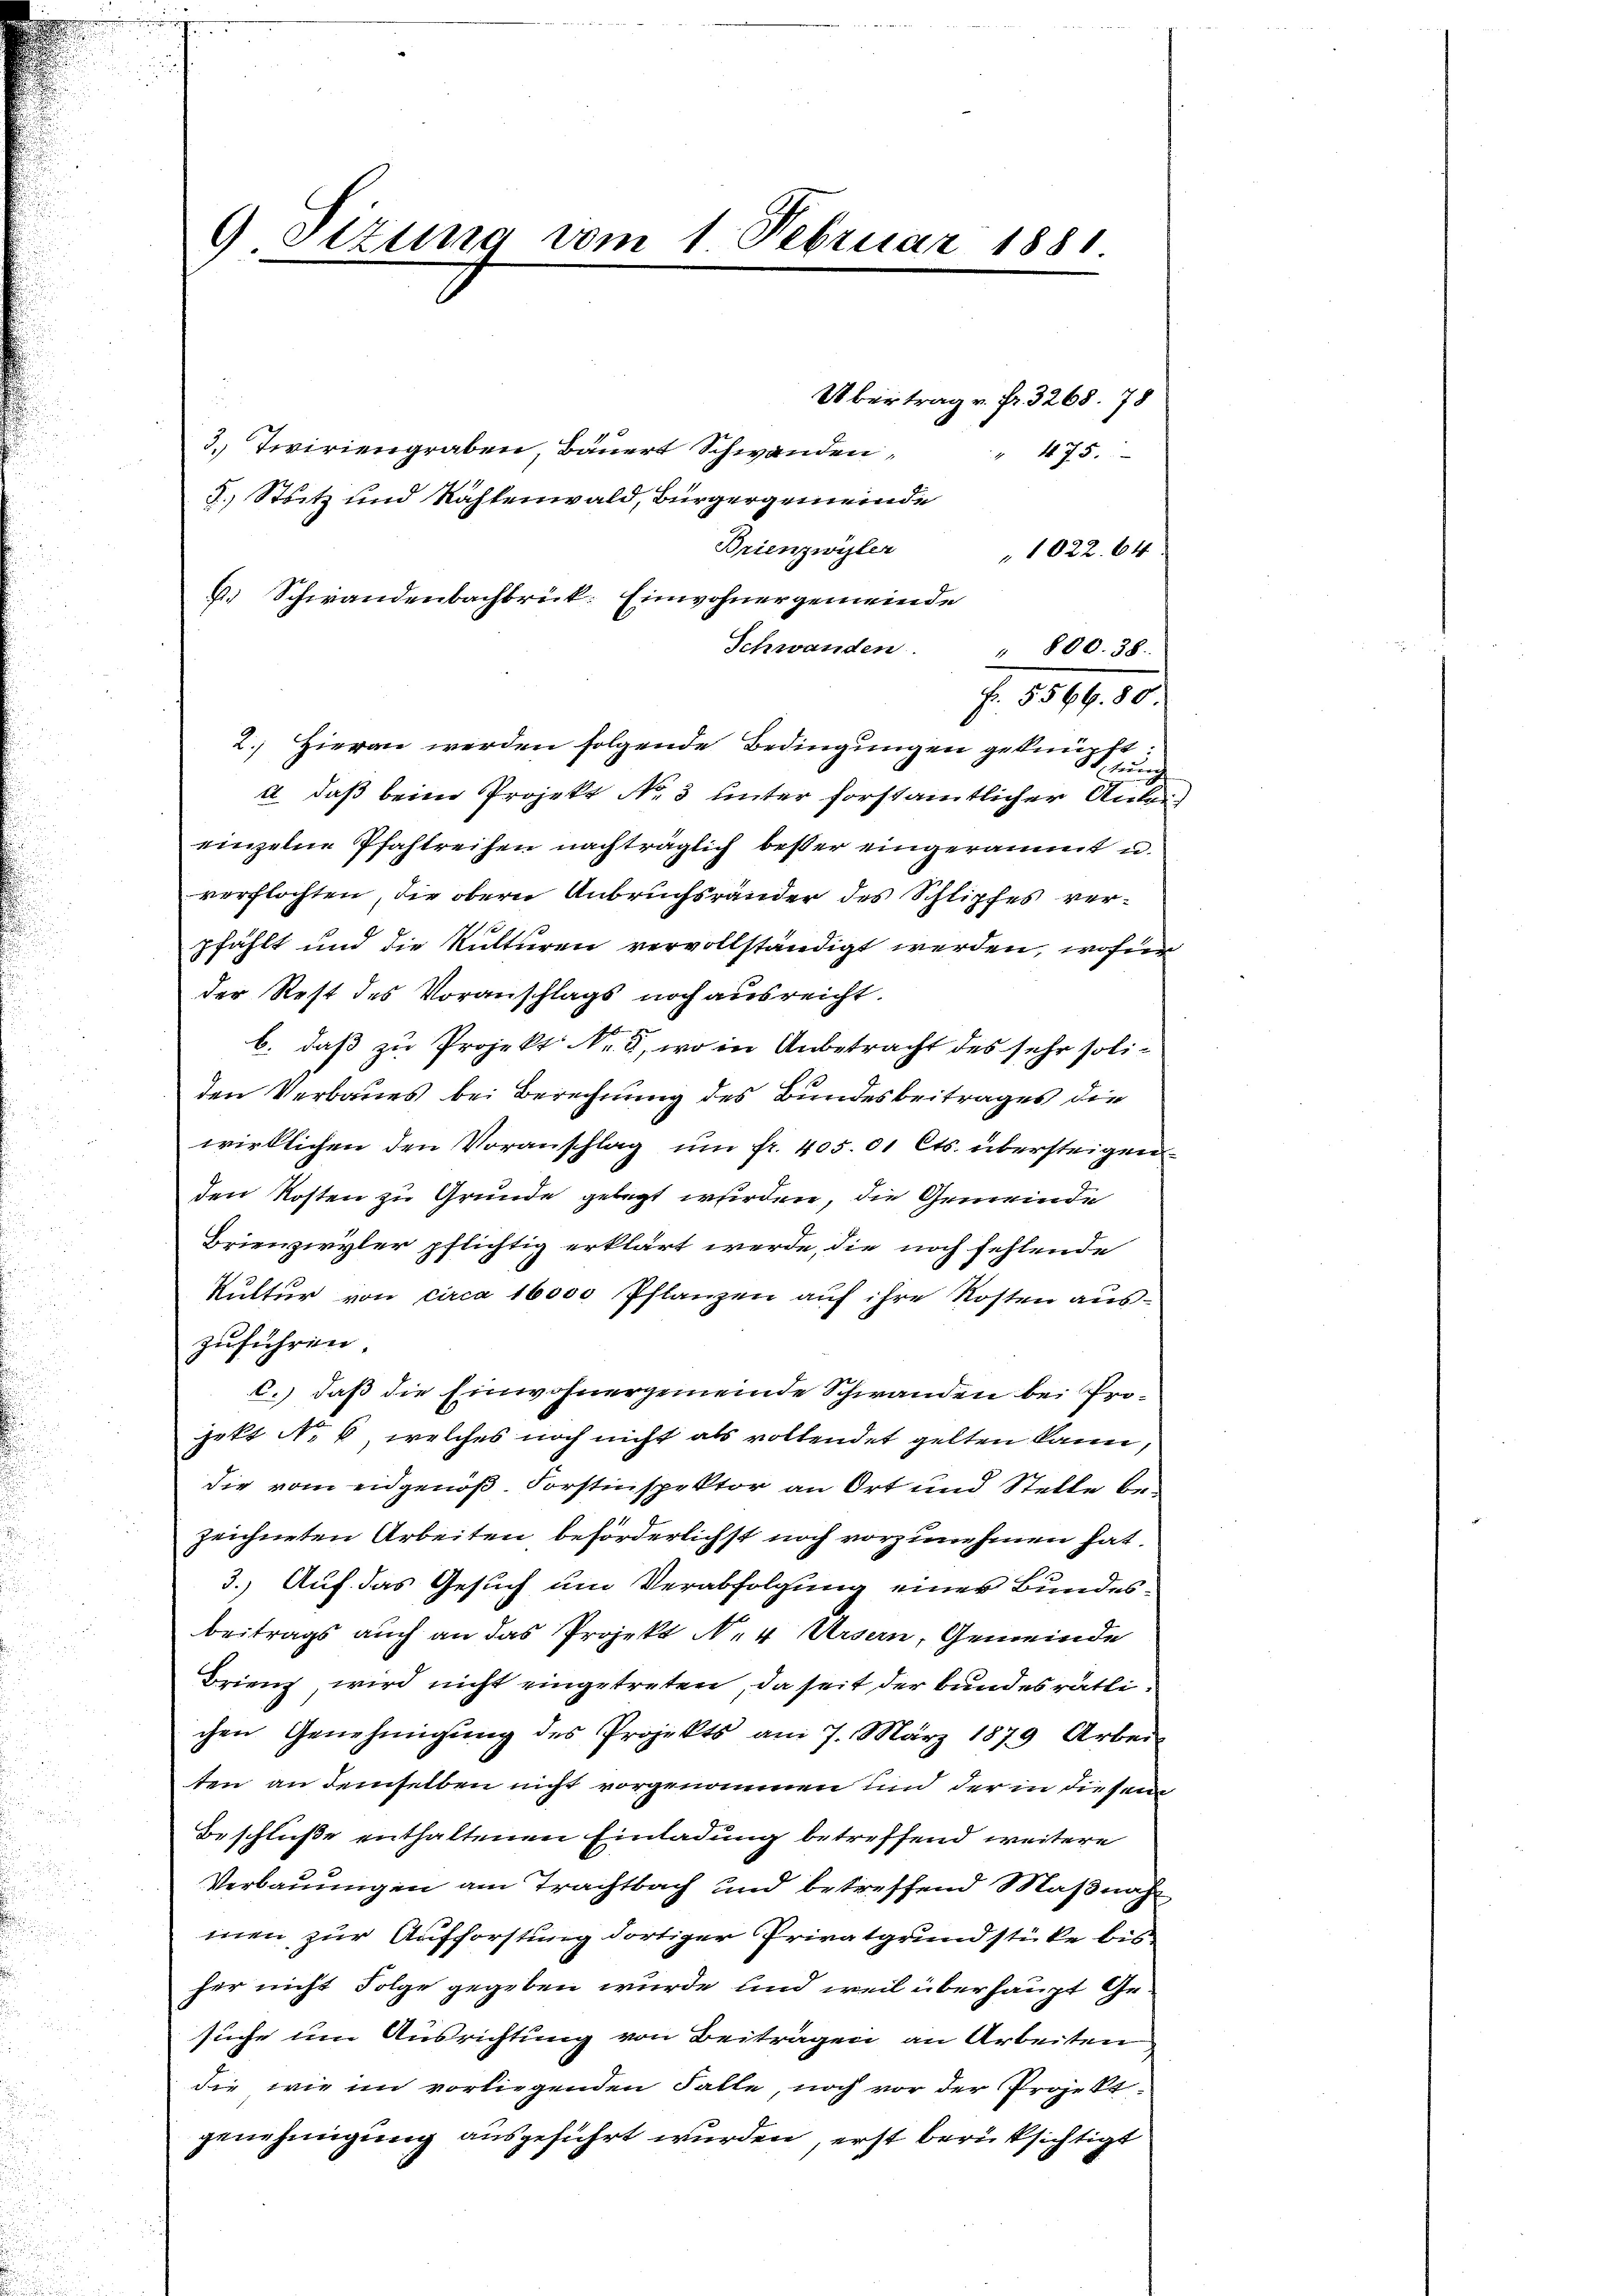
Sizung vom 1. Februar 1881.

3.) Tiviriengraben, Bauert Schwanden,
J. Stritz und Rahtenwald, Bürgergemeinde
Brienzwyler
1022. 64
f. Schwandenbachbrück. Einwohnergemeinde
Schwanden " 800. 38.
Fr. 5569. 80.
2. Hieran werden folgende Bedingungen geknüpf
a daß beim Projekt N. 3 unter forstamtlicher Stutz
einzelne Pfahlreihen nachträglich bester eingeräumt u.
verflochten, die obern Anbruchsränder des Schlipfes verpfählt und die Kulturen vervollständigt werden, wofür
der Rest des Voranschlags noch ausreicht.
b. daß zu Projekt Nr. 8, wo in Anbetracht des sehr soliden Verbaues bei Berechnung des Bundesbeitrages die
wirklichen den Voranschlag um fr. 405.01 Cts. übersteigen
den Kosten zu Grunde gelegt werden, die Gemeinde
Brienzwyler pflichtig erklärt werde, die noch fehlende
Rŭtter von circa 16000 Pflanzen aŭf ihre Kosten aŭs-
zuführen.
C.) daß die Einwohnergemeinde Schwanden bei Projekt No. 6, welches noch nicht als vollendet gelten kann,
die vom eidgenöß. Forstinspektor an Ort und Stelle bezeichneten Arbeiten beförderlichst noch vorzunehmen hat.
3.) Auf das Gesuch um Verabfolgung einer Bundesbeitrags auch an das Projekt N. 4 Ursern, Gemeinde
Brienz, wird nicht eingetreten, da seit der Bundesrätlichen Genehmigŭng des Projekts am 7. März 1879 Arbei-
ten an demselben nicht vorgenommen sind der in diesem
Beschluße enthaltenen Einladung betreffend weitere
Verbauungen am Trachtbach und betreffend Maßnahmen zur Aufforstung dortiger Privatgrundstücke bisher nicht Folge gegeben wurde und weil überhaupt Gesuche um Ausrichtung von Beitragen an Arbeiten
die wie im vorliegenden Falle, noch vor der Projekt
genehmigung ausgeführt wurden, erst berücksichtigt

Übertrag v. Fr. 3268. 78
475.

3